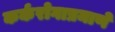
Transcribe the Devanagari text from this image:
कर्करोगाप्रमाणे